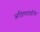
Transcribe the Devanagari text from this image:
अदिलशाहीचे